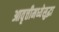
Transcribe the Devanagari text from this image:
आवृत्तीमध्येसुद्धा